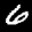
Label: 6